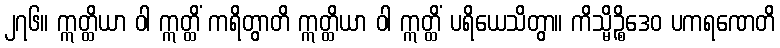
၂၇၆။ ဣတ္ထိယာ ဝါ ဣတ္ထိံ ကရိတွာတိ ဣတ္ထိယာ ဝါ ဣတ္ထိံ ပရိယေသိတွာ။ ကိသ္မိဉ္စိဒေဝ ပကရဏေတိ